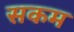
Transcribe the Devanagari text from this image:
सकम